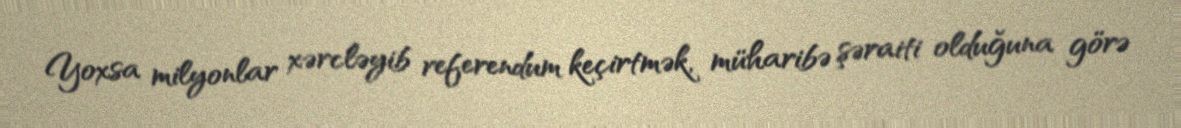
Yoxsa milyonlar xərcləyib referendum keçirtmək, müharibə şəraiti olduğuna görə